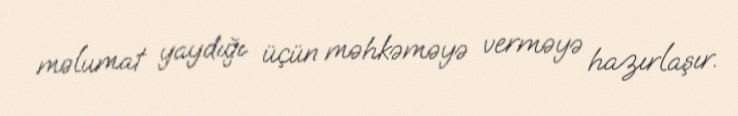
məlumat yaydığı üçün məhkəməyə verməyə hazırlaşır.